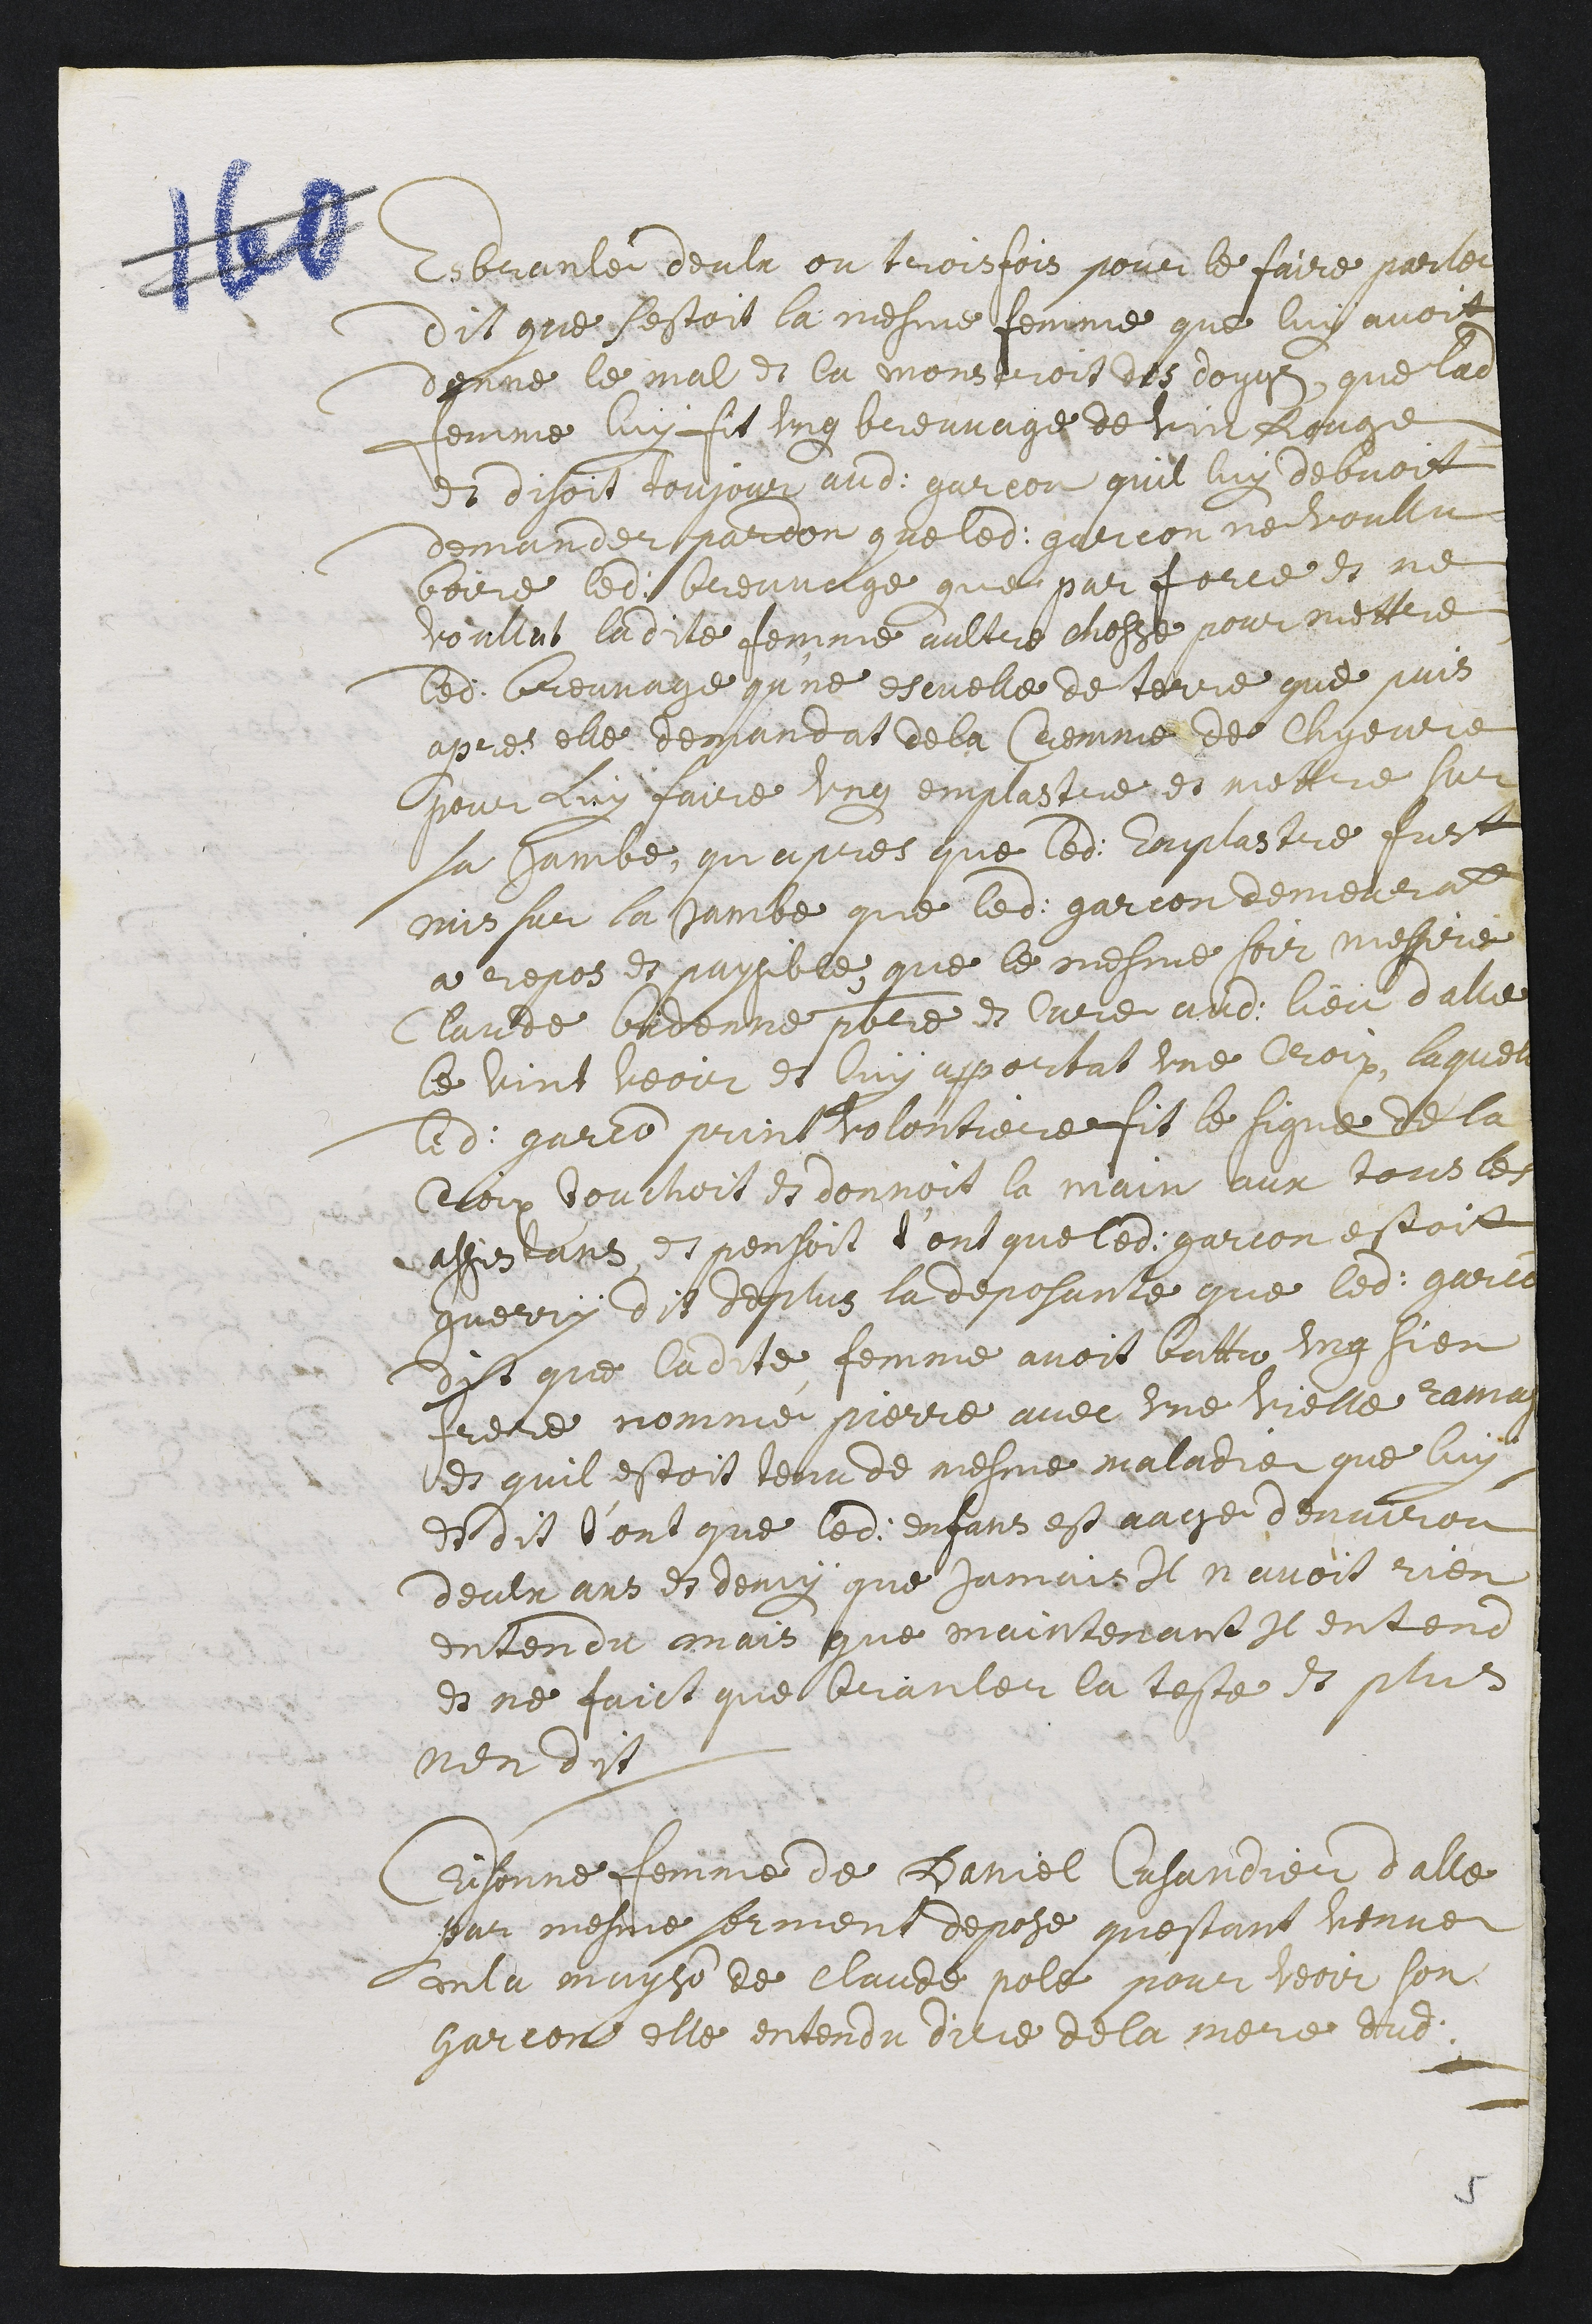
esbranler deuln ou trois fois pour le faire parler
dit que s’estoit la mesme femme que luy avoit
donne le mal et la monstroit des doygs. Que ladite
femme luy fit ung breuvage de vin rouge
et disoit toujour audit garcon qu’il luy debvoit
demander pardon que ledit garcon ne voullu
boire ledit breuvage que par force et ne
voullut ladite femme aultre chose pour mettre
ledit breuvage qu’ne escuelle de terre. Que puis
apres elle demandat de la cremme de chyevre
pour luy faire ung emplastre et mettre sur
sa jambe. Qu’apres que ledit emplastre fust
mis sur la jambe que ledit garcon demeurat
a repos et paysible. Que le mesme soir messire
Claude Bidonne prestre et curé audit lieu d’Alle
le vint veoir et luy apportat une croix, laquelle
ledit garcon print volontiers et fit le signe de la
croix touchoit et donnoit la main aux tous les
assistans, et pensoit t’ont que ledit garcon estoit
guerry. Dit de plus la deposante que ledit garcon
dit que ladite femme avoit battu ung sien
frere nommé Pierre avec une vielle ramasse
et qu’il estoit tenu de mesme maladie que luy,
et dit t’ont que ledit enfans est eage d’environ
deulx ans et demy que jamais il n’avoit rien
entendu mais que maintenant il entend
et ne faict que branler la teste. Et plus
n’en dit.
Crisonne femme de Daniel Cusandier d’Alle
par mesme serment depose que qu’estant venue
an la mayson de Claude Pole pour veoir son
garcon elle entendu dire de la mere dudit